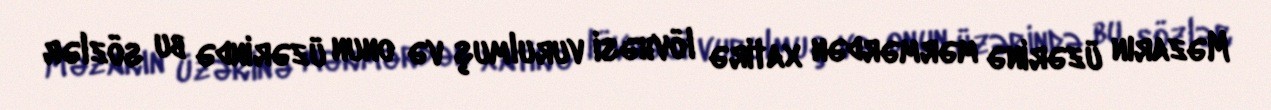
Məzarın üzərinə mərmərdən xatirə lövhəsi vurulmuş və onun üzərində bu sözlər